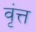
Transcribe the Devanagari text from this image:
वृंत्त